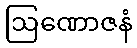
ဩဏောဇနံ